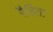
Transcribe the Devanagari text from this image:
रैडिता